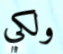
ولكي